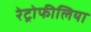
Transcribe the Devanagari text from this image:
रेट्रोफीलिया